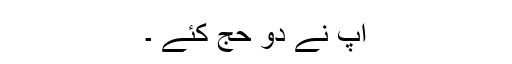
آپ نے دو حج کئے ۔